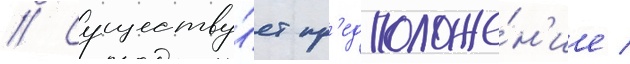
// Существу́ет пр'едположе́н'ие /